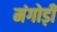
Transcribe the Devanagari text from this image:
मंगोड़ी